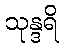
သုန္ဒရိ